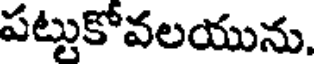
పట్టుకోవలయును.